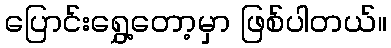
ပြောင်းရွှေ့တော့မှာ ဖြစ်ပါတယ်။